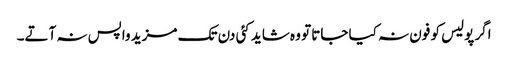
اگر پولیس کو فون نہ کیا جاتا تو وہ شاید کئی دن تک مزید واپس نہ آتے۔